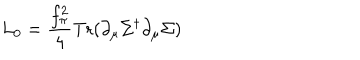
L _ { 0 } = { \frac { f _ { \pi } ^ { 2 } } { 4 } } \mathrm { T r } ( \partial _ { \mu } \Sigma ^ { \dagger } \partial _ { \mu } \Sigma )